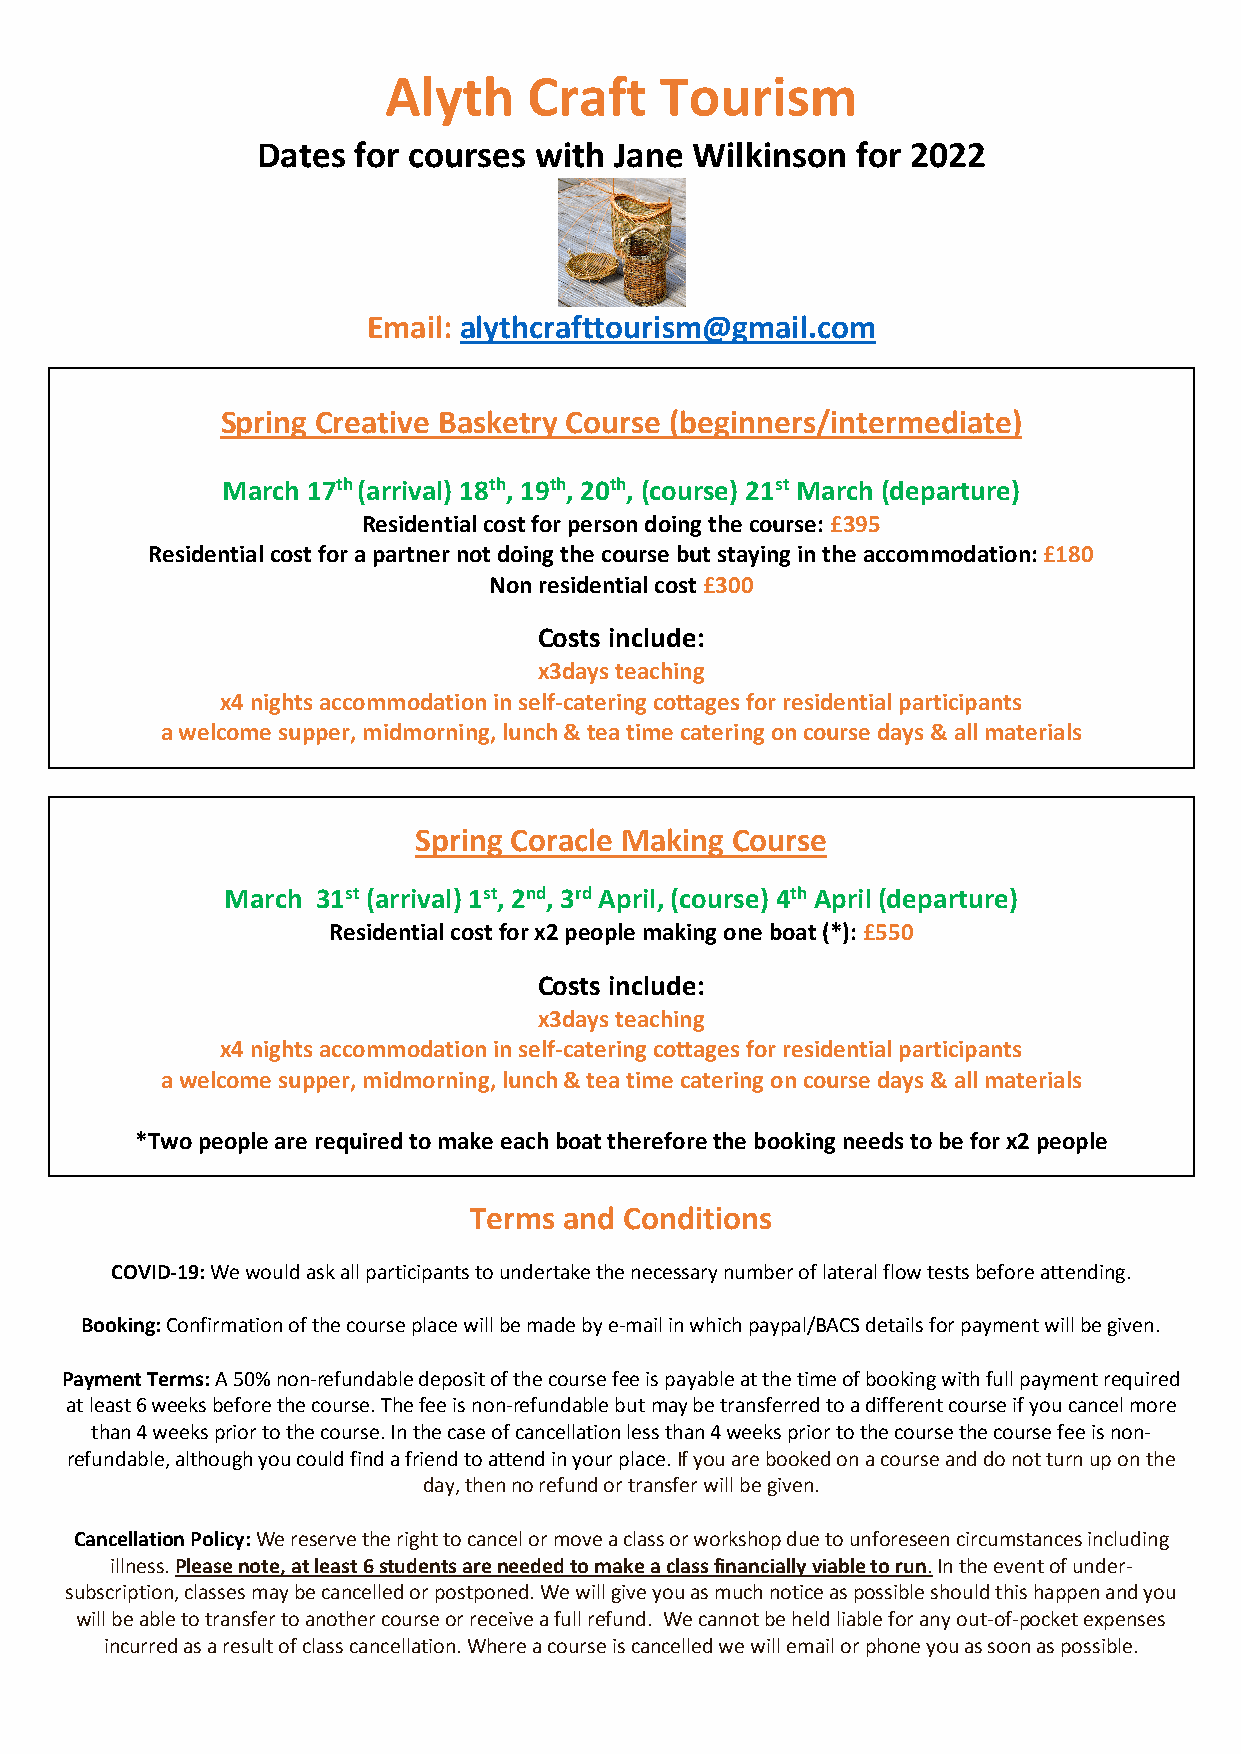
Alyth     Craft    Tourism
 Dates for courses with  Jane Wilkinson  for 2022
 Email: alythcrafttourism@gmail.com
 Spring Creative Basketry Course (beginners/intermediate)
 March 17th (arrival) 18th, 19th, 20th, (course) 21st March (departure)
 Residential cost for person doing the course: £395
 Residential cost for a partner not doing the course but staying in the accommodation: £180
 Non residential cost £300
 Costs include:
 x3days teaching
 x4 nights accommodation in self-catering cottages for residential participants
 a welcome supper, midmorning, lunch & tea time catering on course days & all materials
 Spring Coracle Making Course
 March 31st (arrival) 1st, 2nd, 3rd April, (course) 4th April (departure)
 Residential cost for x2 people making one boat (*): £550
 Costs include:
 x3days teaching
 x4 nights accommodation in self-catering cottages for residential participants
 a welcome supper, midmorning, lunch & tea time catering on course days & all materials
 *Two people are required to make each boat therefore the booking needs to be for x2 people
 Terms and Conditions
 COVID-19: We would ask all participants to undertake the necessary number of lateral flow tests before attending.
 Booking: Confirmation of the course place will be made by e-mail in which paypal/BACS details for payment will be given.
 Payment Terms: A 50% non-refundable deposit of the course fee is payable at the time of booking with full payment required
 at least 6 weeks before the course. The fee is non-refundable but may be transferred to a different course if you cancel more
 than 4 weeks prior to the course. In the case of cancellation less than 4 weeks prior to the course the course fee is non-
 refundable, although you could find a friend to attend in your place. If you are booked on a course and do not turn up on the
 day, then no refund or transfer will be given.
 Cancellation Policy: We reserve the right to cancel or move a class or workshop due to unforeseen circumstances including
 illness. Please note, at least 6 students are needed to make a class financially viable to run. In the event of under-
 subscription, classes may be cancelled or postponed. We will give you as much notice as possible should this happen and you
 will be able to transfer to another course or receive a full refund. We cannot be held liable for any out-of-pocket expenses
 incurred as a result of class cancellation. Where a course is cancelled we will email or phone you as soon as possible.